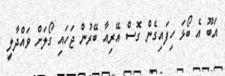
އަބޫ އެ ބޯޅަ ހިފައިގެން ގޮސް އޭރިއާ ބޭރުން ޖަހައި ގޯލަށް ވައްދާލީ